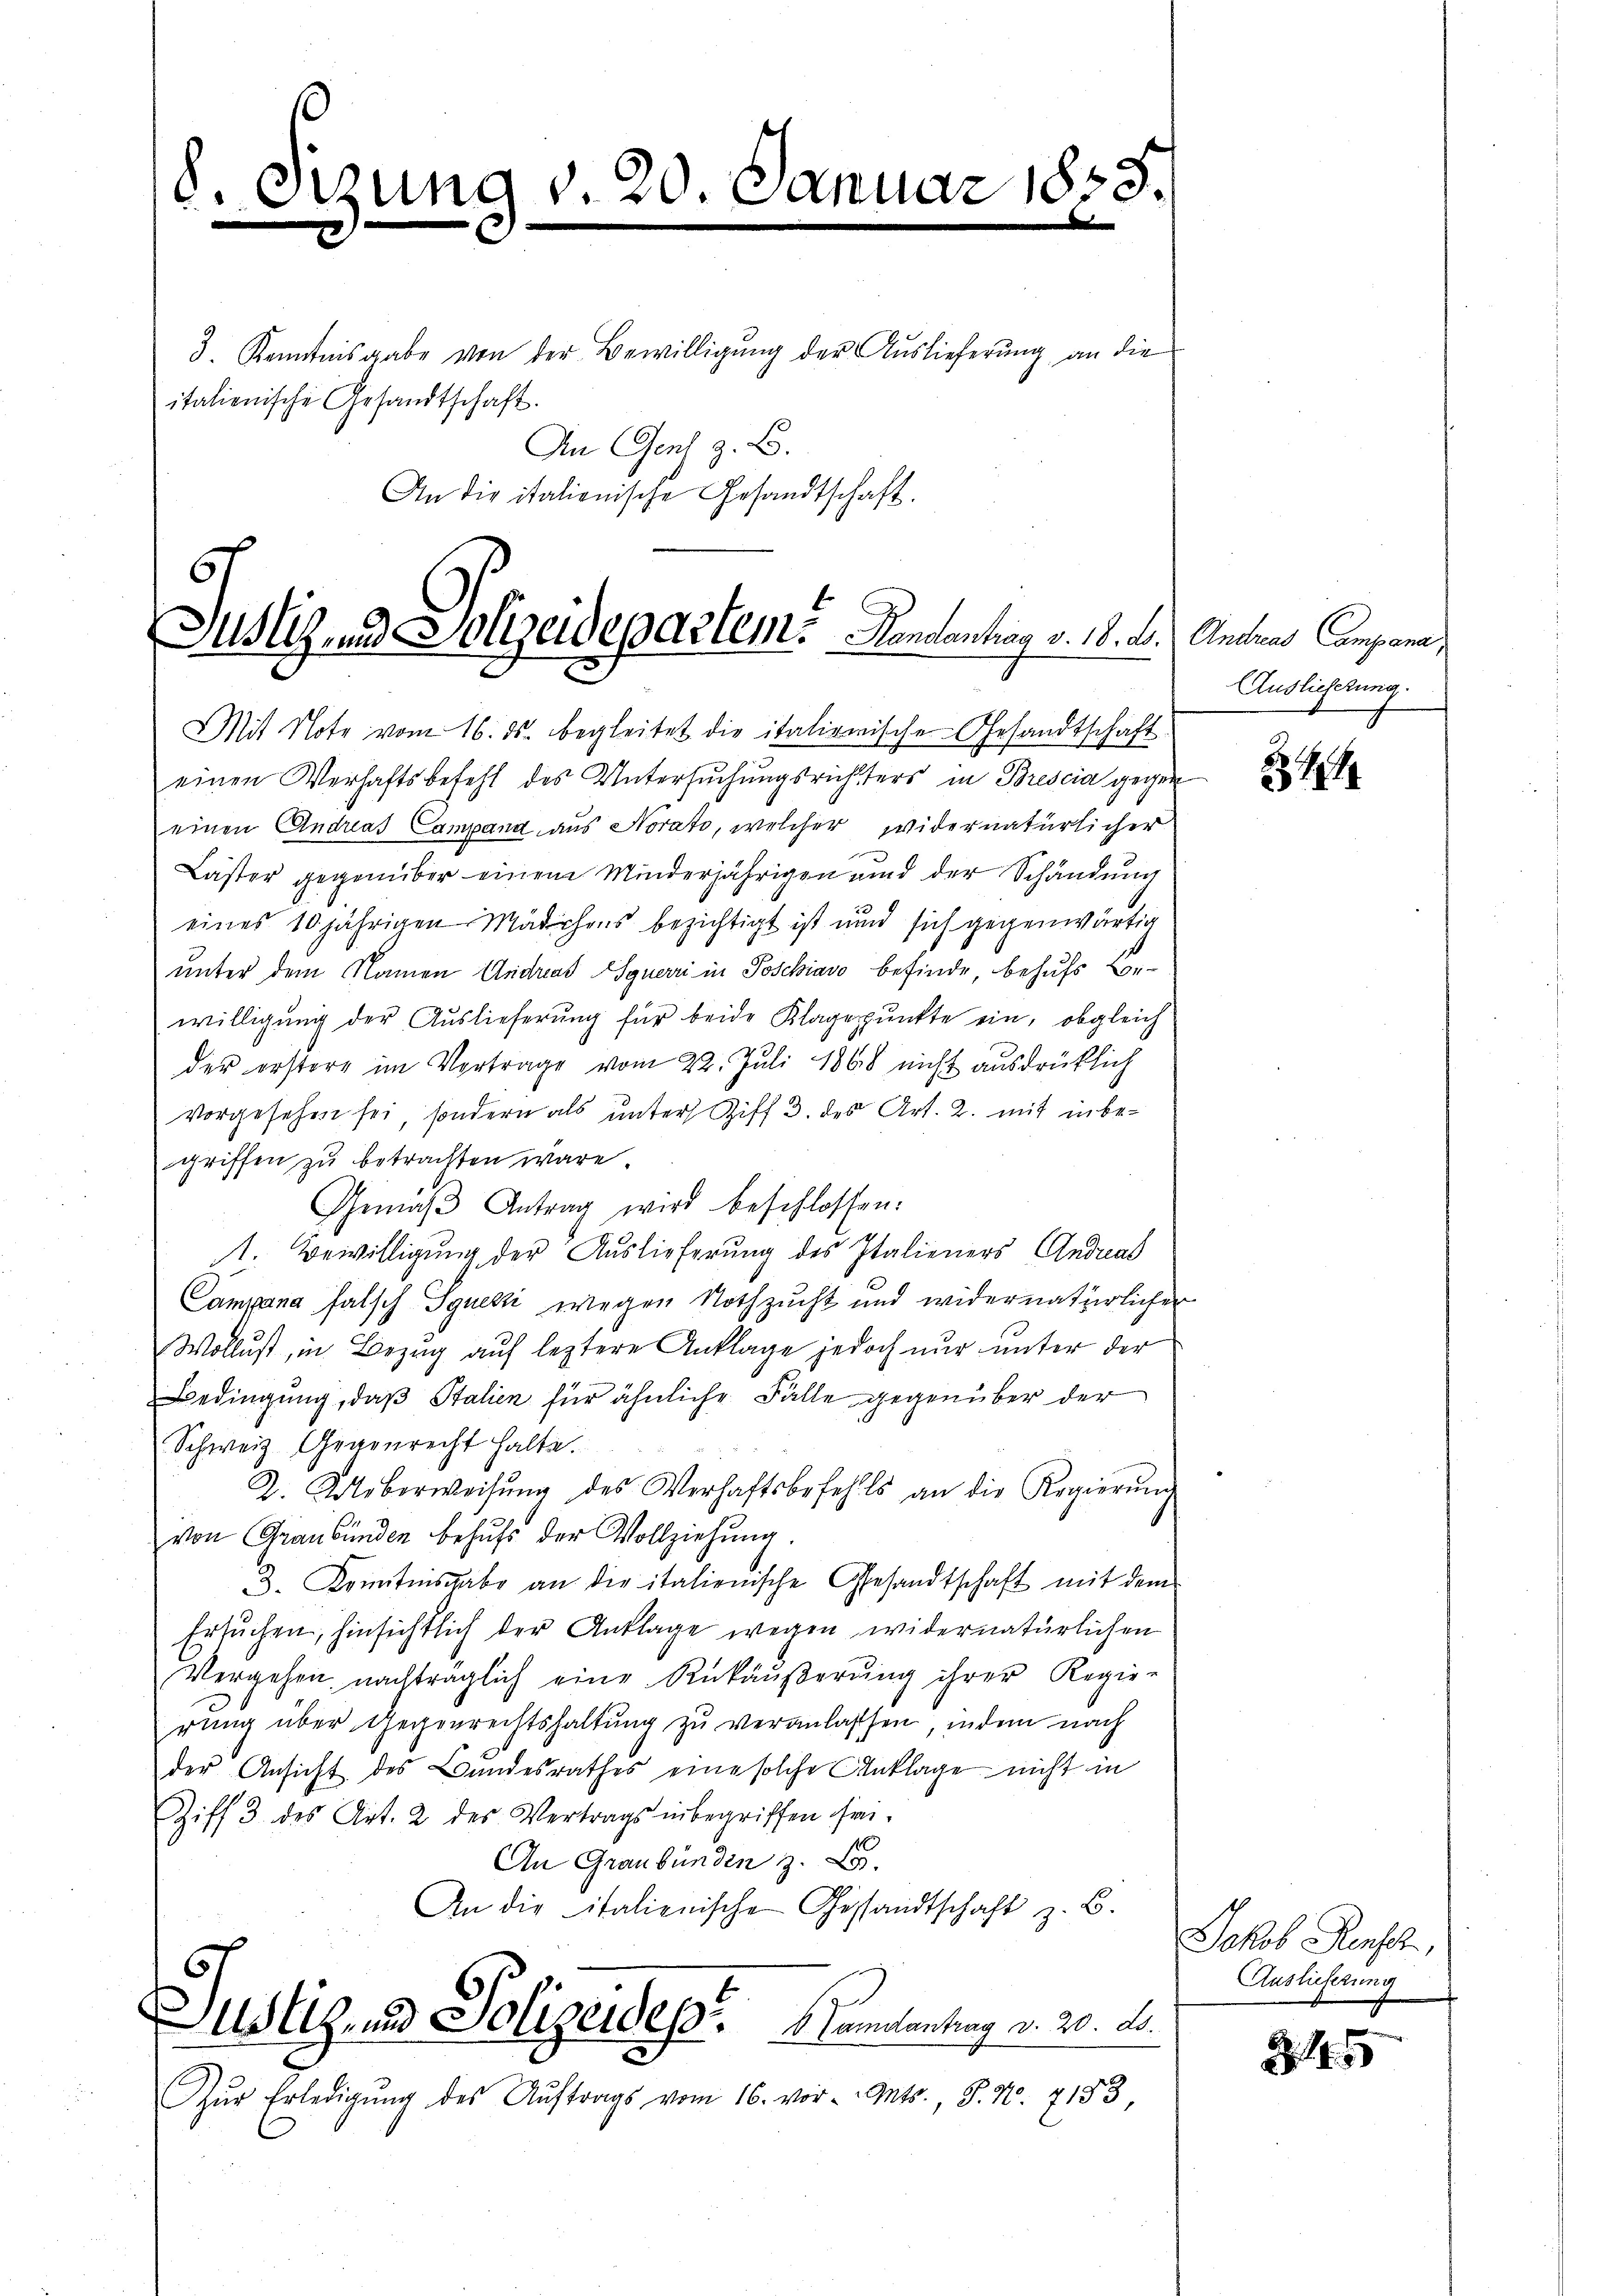
e

zung v. 20. Januar 1848.

italienische Gesandtschaft.
An Genf z. B.
An die italienische Gesandtschaft.

3. Kenntnisgabe von der Bewilligung der Auslieferung an die

G
Justiz und Polizeidepartem. Handenhag v. 18. d.

Mit Note vom 16. ds. begleitet die italienische Gesandtschaft
einen Verhaftsbefehl des Untersuchungsrichters in Brescia gegen
einen Andreas Campana aus Norato, welcher widernatürlicher
Läster gegenüber einem Minderjährigen und der Schändung
3
eines 10 jährigen Mädchens bezichtigt ist und sich gegenwärtig
unter dem Namen Andreas Sguerri in Poschiavo befinde, behufs Bewilligung der Auslieferung für beide Klagepunkte ein, obgleich
der erstore im Vortrage vom 22. Juli 1868 nicht ausdrücklich
vorgesehen sei, sondern als unter Ziff 3. des Art. 2. mit inbegriffen zŭ betrachten wäre.
Gemäβ Antrag wird beschlossen:
1. Bewilligung der Auslieferung des Italieners Andrat
Campana falsch Igneck wegen Nothzucht und widernatürlicher
Wollust, in Bezug auf leztere Anklage jedoch nur unter der
Bedingung, daß Stalien für ähnliche Fälle gegenüber der
Schweiz. Gegenrecht halte.
2. Ueberweisŭng des Verhaftsbefehls an die Regierŭng
von Graubünden behufs der Vollziehung.
3. Kenntnisgabe an die italienische Gesandtschaft mit dem
Ersŭchen, hinsichtlich der Anklage wegen widernatürlichen
Vergehen nachträglich eine Rükäŭβerŭng ihrer Regie-
rung über Gegenrechtshaltung zu veranlassen, indem nach
der Ansicht des Bundesrathes eine solche Anklage nicht in
Ziff. 3 des Art. 2 des Vertrags inbegriffen sei.
An Graubünden z.
An die italienische Gesandtschaft z. B.
ustiz- und Polizeides Samantrag v. 20. d.
Zŭr Erledigŭng des Aŭftrags vom 16. vor. Mts., P. Nr. 7153,

Andreas Campana
Auslieferung.

74

Jakob Rensch,
Auslieferung